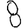
Digit: 8